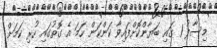
މިސާލު 1 ގައި ބަޔާންކޮށްފައިވާ ކަންކަން ހަމަ އެ ގޮތުގައި ހުރި ކަމަށް